Civil Veterinary Dept. Bombay admin report 1900-1906 - 1900-1906
Year: 1900
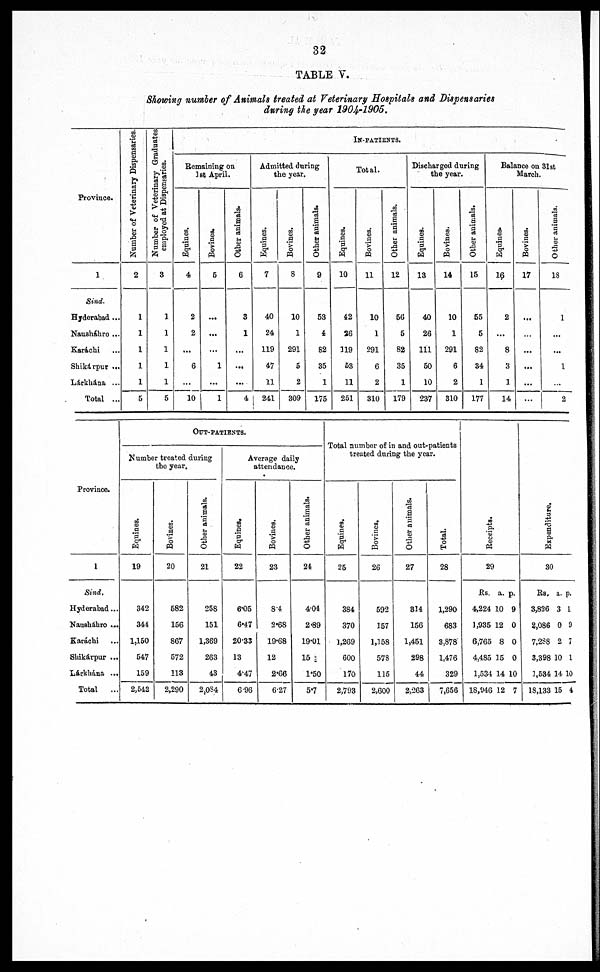
32
TABLE V.
Showing number of Animals treated at Veterinary Hospitals and Dispensaries
during the year 1904-1905.
Province.
1
Sind.
Hyderabad ...
Nausháhro ...
Karachi
Shikárpur ...
Lárkhána ...
Total ...
Number of Veterinary Dispensaries.
2
1
1
1
1
1
5
Number of Veterinary Graduates
employed at Dispensaries.
3
1
1
1
1
1
5
IN-PATIENTS.
Remaining on
1st April.
Equines.
4
2
2
...
6
...
10
Bovines.
5
...
...
...
1
...
1
Other animals.
6
3
1
...
...
...
4
Admitted during
the year.
Equines.
7
40
24
119
47
11
241
Bovines.
8
10
1
291
5
2
309
Other animals.
9
53
4
82
35
1
175
Total.
Equines.
10
42
26
119
63
11
251
Bovines.
11
10
1
291
6
2
310
Other animals.
12
56
5
82
35
1
179
Discharged during
the year.
Equines.
13
40
26
111
50
10
237
Bovines.
14
10
1
291
6
2
310
Other animals.
15
55
5
82
34
1
177
—
Balance on 31st
Equines.
16
2
...
8
3
1
14
March
Bovines.
17
Other animals.
18
1
...
...
1
2
Province.
1
Sind.
Hyderabad ...
Nausháhro ...
Karachi
Shikárpur ...
Lárkhána ...
Total
OUT-PATIENTS.
Number treated during
the year.
Equines.
19
342
344
1,150
547
159
2,542
Bovines.
20
582
156
867
572
!13
2,290
Other animals.
21
258
151
1,369
263
43
2,084
Average daily
attendance.
Equines.
22
6.05
6.47
20.33
13
4.47
6 96
Bovines.
23
84
2.68
19.68
12
2.66
6.27
Other animals.
24
404
2.89
19.01
15
1.50
5.7
Total number of in and out-patients
treated during the year.
Equines.
25
384
370
1,269
600
170
2,793
Bovines.
26
592
157
1,158
578
115
2,600
Other animals.
27
814
156
1,451
298
44
2,263
Total.
28
1,290
683
3,878
1,476
329
7,656
Receipts.
29
Rs. a. p.
4,224 10 9
1,935 12 0
6,765 8 0
4,485 15 0
1,534 14 10
18,946 12 7
Expenditure.
30
Rs. a. p.
3,826 3 1
2,086 0 9
7,288 2 7
3,398 10 1
1,534 14 10
18,133 15 4